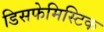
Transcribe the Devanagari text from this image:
डिसफेमिस्टिक